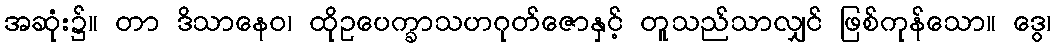
အဆုံး၌။ တာ ဒိသာနေဝ၊ ထိုဥပေက္ခာသဟဂုတ်ဇောနှင့် တူသည်သာလျှင် ဖြစ်ကုန်သော။ ဒွေ၊